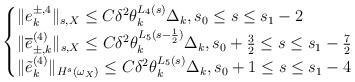
LaTeX: \begin{align*}\begin{cases}\|e^{\pm,4}_k\|_{s,X}\le C\delta^2\theta_k^{L_4(s)}\Delta_k, s_0\le s\le s_1-2\cr\|\overline{e}_{\pm,k}^{(4)}\|_{s,X}\le C\delta^2\theta_k^{L_5(s-\frac 12)}\Delta_k, s_0+\frac 32\le s\le s_1-\frac 72\cr\|\tilde{e}_{k}^{(4)}\|_{H^s(\omega_X)}\le C\delta^2\theta_k^{L_5(s)}\Delta_k, s_0+1\le s\le s_1-4\end{cases}\end{align*}